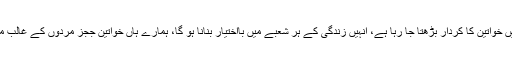
انہوں نے کہا کہ معاشرے میں خواتین کا کردار بڑھتا جا رہا ہے، انہیں زندگی کے ہر شعبے میں بااختیار بنانا ہو گا، ہمارے ہاں خواتین ججز مردوں کے غالب معاشرے میں کام کر رہی ہیں۔